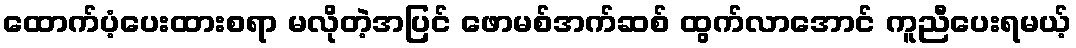
ထောက်ပံ့ပေးထားစရာ မလိုတဲ့အပြင် ဖောမစ်အက်ဆစ် ထွက်လာအောင် ကူညီပေးရမယ့်